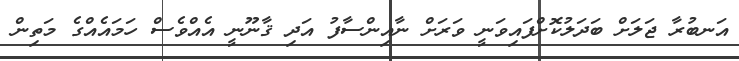
އަނބުރާ ޖަލަށް ބަދަލުކޮށްފައިވަނީ ވަރަށް ނާއިންސާފު އަދި ޤާނޫނީ އެއްވެސް ހަމައެއްގެ މަތިން